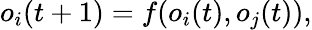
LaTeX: o_{i}(t+1)=f(o_{i}(t),o_{j}(t)),